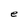
Character: e